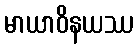
မာယာဝိနယဿ